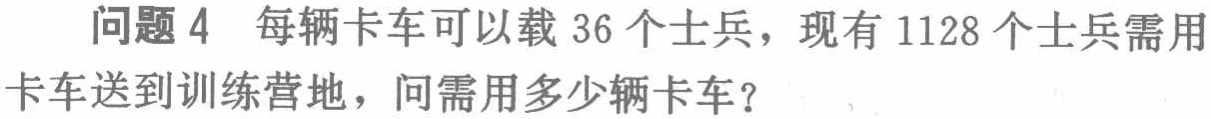
问题 4 每辆卡车可以载 36 个士兵，现有 1128 个士兵需用卡车送到训练营地，问需用多少辆卡车？